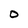
Character: 0